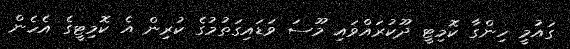
ގައުމީ ހިންގާ ކޮމިޓީ ދޫކުރައްވައި މޫސަ ވަަޑައިގަތުމުގެ ކުރިން އެ ކޮމިޓީގެ އެހެން